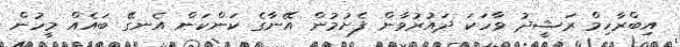
އިބްރާހިމް ރަޝީދު ވާހަކަ ދައުރުވާން ފެށުމުން އޭނާގެ ކަންކަން އެނގޭ ބައެއް މީހުން